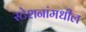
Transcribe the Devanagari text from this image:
स्टेशनांमधील